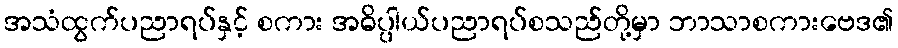
အသံထွက်ပညာရပ်နှင့် စကား အဓိပ္ပါယ်ပညာရပ်စသည်တို့မှာ ဘာသာစကားဗေဒ၏